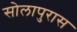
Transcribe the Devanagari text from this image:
सोलापुरास